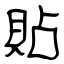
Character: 貼